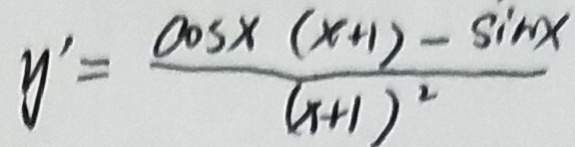
y ^ { \prime } = \frac { \cos x ( x + 1 ) - \sin x } { ( x + 1 ) ^ { 2 } }